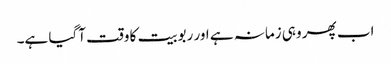
اب پھر وہی زمانہ ہے اور ربوبیت کا وقت آگیا ہے۔